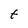
Character: t